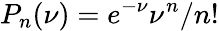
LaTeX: P_{n}(\nu)=e^{-\nu}\nu^{n}/n!